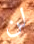
لن